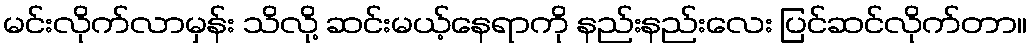
မင်းလိုက်လာမှန်း သိလို့ ဆင်းမယ့်နေရာကို နည်းနည်းလေး ပြင်ဆင်လိုက်တာ။